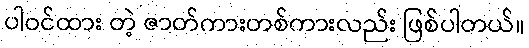
ပါဝင်ထား တဲ့ ဇာတ်ကားတစ်ကားလည်း ဖြစ်ပါတယ်။